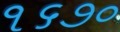
૧૬૭૦